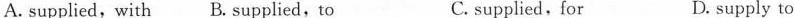
A. supplied, with_ B. Supplied,to C. supplied, for D. supply to